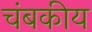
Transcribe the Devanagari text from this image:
चंबकीय